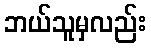
ဘယ်သူမှလည်း